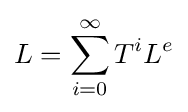
L=\sum _{i=0}^{\infty }T^{i}L^{e}